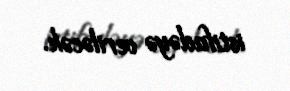
istifadəyə veriləcək.